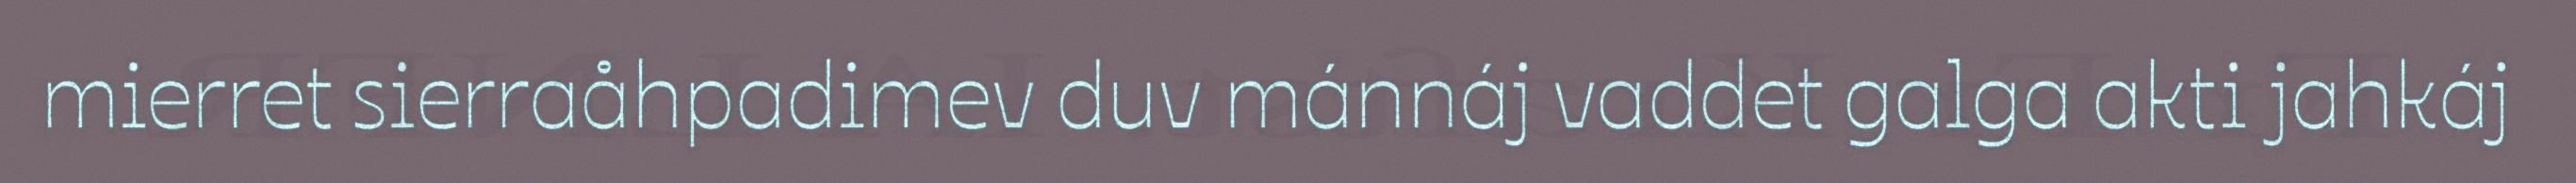
mierret sierraåhpadimev duv mánnáj vaddet galga akti jahkáj